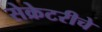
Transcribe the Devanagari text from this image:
सेक्रेटरीचे